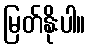
မြတ်နိုးပါ။